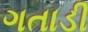
ગતાડી